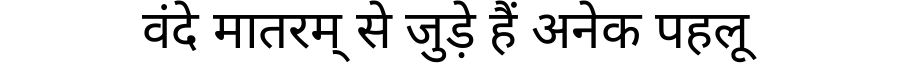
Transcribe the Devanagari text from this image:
वंदे मातरम् से जुड़े हैं अनेक पहलू